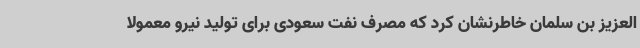
العزیز بن سلمان خاطرنشان کرد که مصرف نفت سعودی برای تولید نیرو معمولا